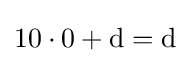
10\cdot 0+{\text{d}}={\text{d}}